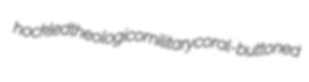
hockled theologicomilitary coral-buttoned